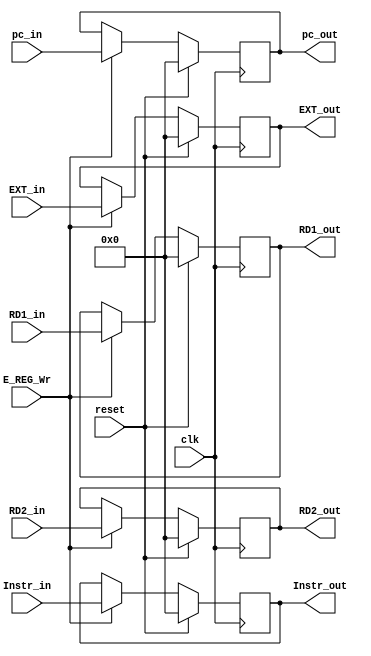
module E_REG (
    input wire [31:0] RD1_in,
    input wire [31:0] RD2_in,
    input wire [31:0] Instr_in,
    input wire [31:0] EXT_in,
    input wire [31:0] pc_in,
    input wire clk,
    input wire reset,
    input wire E_REG_Wr,
    output reg [31:0] Instr_out,
    output reg [31:0] EXT_out,
    output reg [31:0] pc_out,
    output reg [31:0] RD1_out,
    output reg [31:0] RD2_out
);
    always @(posedge clk) begin
        if (reset) begin
            Instr_out <= 0;
            EXT_out <= 0;
            pc_out <= 0;
            RD1_out <= 0;
            RD2_out <= 0;
        end
        else if (E_REG_Wr) begin
            Instr_out <= Instr_in;
            EXT_out <= EXT_in;
            pc_out <= pc_in;
            RD1_out <= RD1_in;
            RD2_out <= RD2_in;
        end
    end
endmodule